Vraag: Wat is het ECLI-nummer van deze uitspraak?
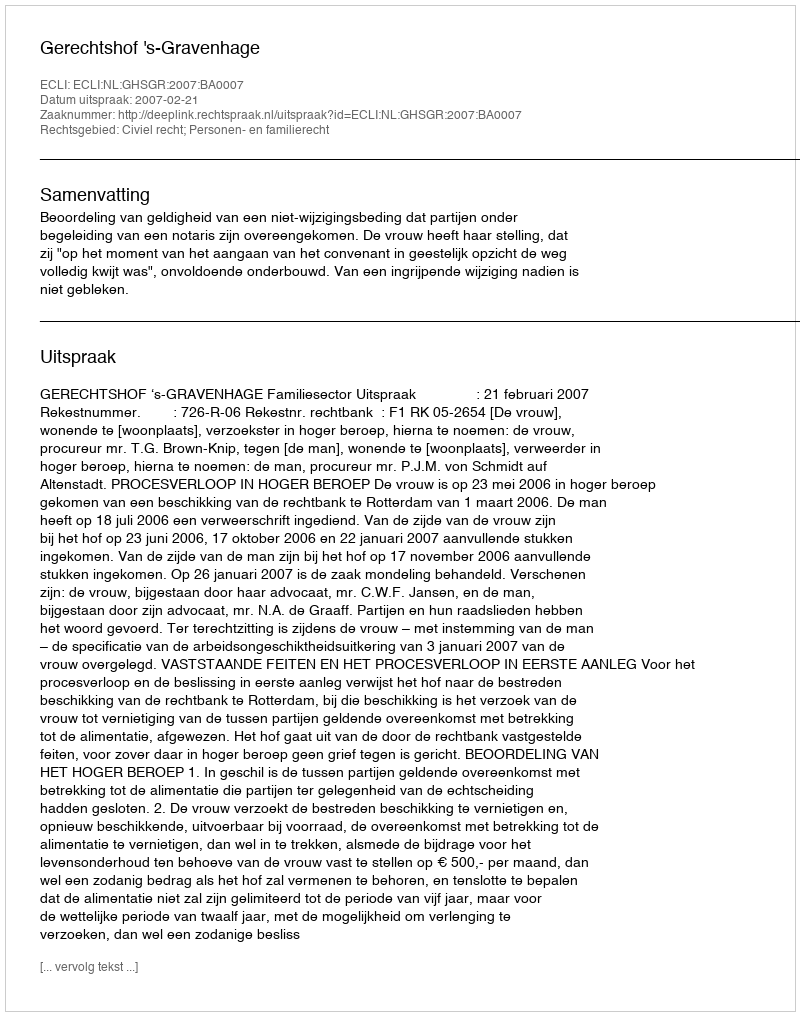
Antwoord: ECLI:NL:GHSGR:2007:BA0007